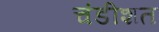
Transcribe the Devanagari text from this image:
चंडीशत